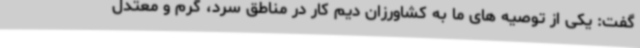
گفت: یکی از توصیه های ما به کشاورزان دیم کار در مناطق سرد، گرم و معتدل